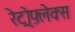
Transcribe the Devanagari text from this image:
रेट्रोफ़्लेक्स